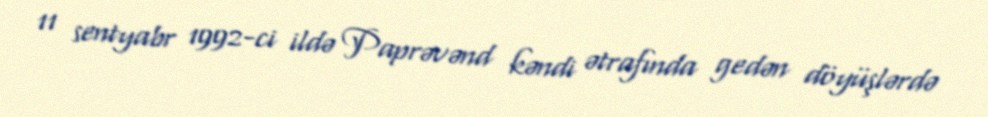
11 sentyabr 1992-ci ildə Paprəvənd kəndi ətrafında gedən döyüşlərdə